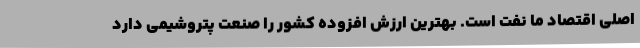
اصلی اقتصاد ما نفت است. بهترین ارزش افزوده کشور را صنعت پتروشیمی دارد